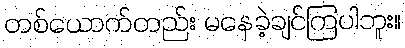
တစ်ယောက်တည်း မနေခဲ့ချင်ကြပါဘူး။